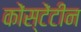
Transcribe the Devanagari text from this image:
कोंस्टेंटीन